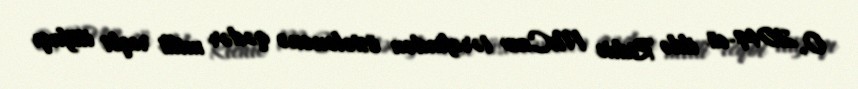
O, 2014-cü ildə Richie McCaw tərəfindən üstələnənə qədər milli reqbi ittifaqı